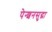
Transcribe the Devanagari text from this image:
पेन्शनसुद्धा